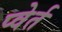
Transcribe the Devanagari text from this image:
प्वेर्त